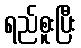
ရည်စူးပြီး